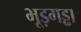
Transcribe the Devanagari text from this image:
भूड़गड्ढा